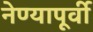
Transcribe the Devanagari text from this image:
नेण्यापूर्वी